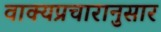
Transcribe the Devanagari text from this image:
वाक्यप्रचारानुसार